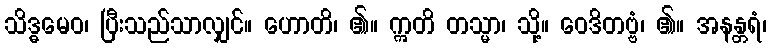
သိဒ္ဓမေဝ၊ ပြီးသည်သာလျှင်။ ဟောတိ၊ ၏။ ဣတိ တသ္မာ၊ သို့။ ဝေဒိတဗ္ဗံ၊ ၏။ အနန္တရံ၊